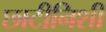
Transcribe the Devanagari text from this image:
छाटीनिशी